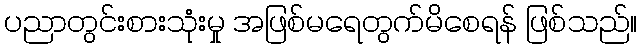
ပညာတွင်းစားသုံးမှု အဖြစ်မရေတွက်မိစေရန် ဖြစ်သည်။